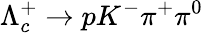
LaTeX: \Lambda_{c}^{+}\to pK^{-}\pi^{+}\pi^{0}